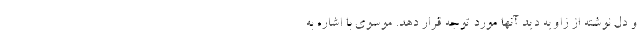
و دل نوشته از زاویه دید آنها مورد توجه قرار دهد. موسوی با اشاره به